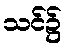
သင်၌